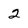
Character: 2